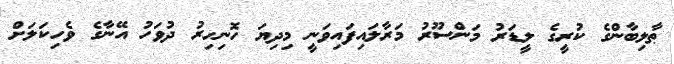
ޠާލިބާންގެ ކުރީގެ ލީޑަރު މަންސޫރު މަރާލައިފައިވަނީ މިދިޔަ ހޮނިހިރު ދުވަހު އޭނާގެ ވެހިކަލަށް